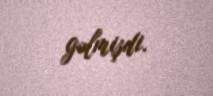
gəlmişdi.